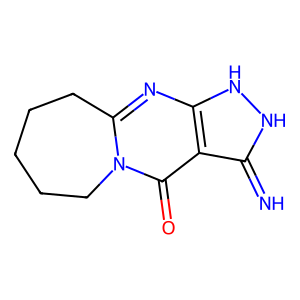
SMILES: N=c1[nH][nH]c2nc3n(c(=O)c12)CCCCC3
Inhibits HIV replication: No